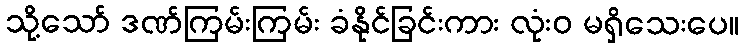
သို့သော် ဒဏ်ကြမ်းကြမ်း ခံနိုင်ခြင်းကား လုံးဝ မရှိသေးပေ။